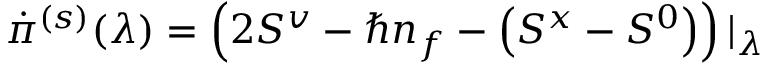
\dot { \pi } ^ { ( s ) } ( \lambda ) = \left( 2 S ^ { v } - \hbar n _ { f } - \left( S ^ { x } - S ^ { 0 } \right) \right) \vert _ { \lambda }